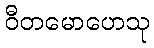
ဝီတမောဟေသု